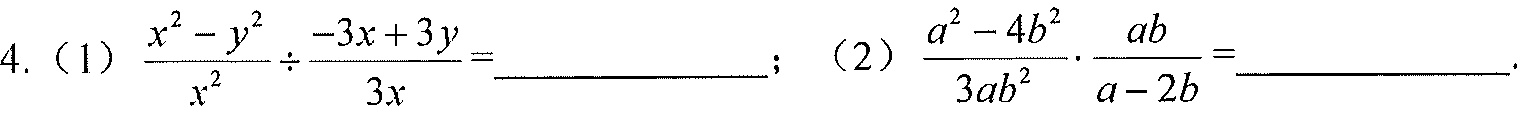
4.（1）\(\frac{x^{2}-y^{2}}{x^{2}}\div\frac{-3x + 3y}{3x}=\underline{\quad\quad}\)；（2）\(\frac{a^{2}-4b^{2}}{3ab^{2}}\cdot\frac{ab}{a - 2b}=\underline{\quad\quad}\).